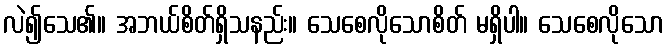
လဲ၍သေ၏။ အဘယ်စိတ်ရှိသနည်း။ သေစေလိုသောစိတ် မရှိပါ။ သေစေလိုသော